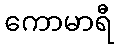
ကောမာရီ